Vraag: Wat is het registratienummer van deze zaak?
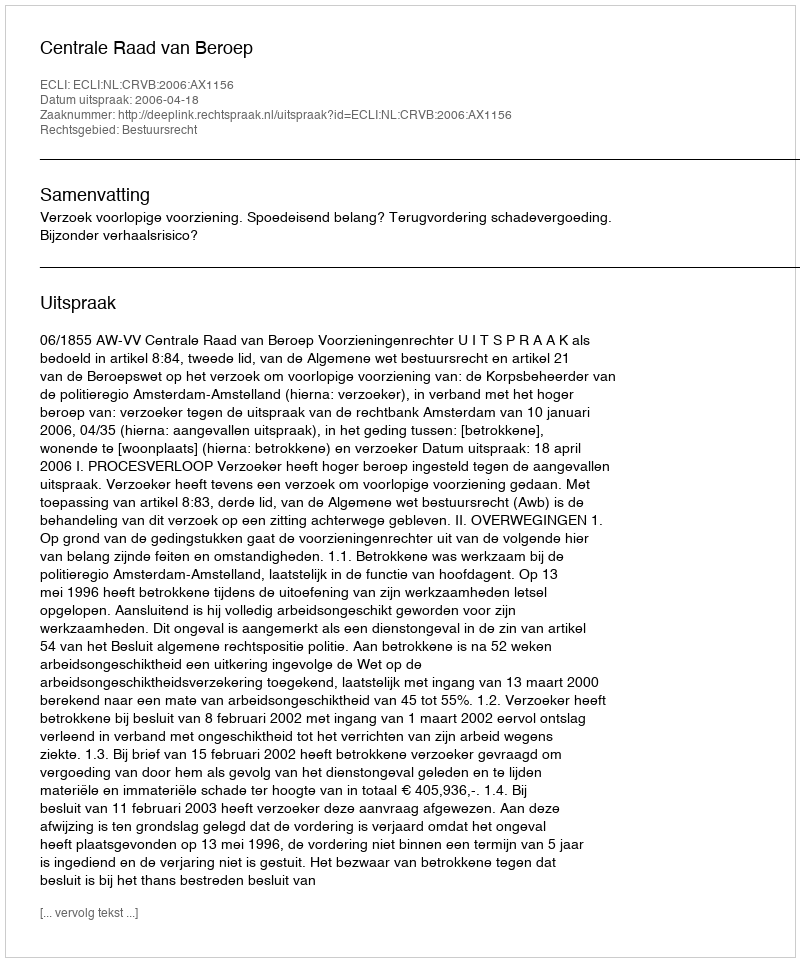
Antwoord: http://deeplink.rechtspraak.nl/uitspraak?id=ECLI:NL:CRVB:2006:AX1156